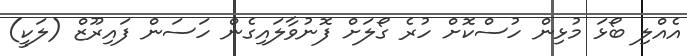
އެއްލި ބޯޅަ މުޅިން ހުސްކޮށް ހުރެ ގޯލަށް ފޮނުވާލައިގެން ހަސަން ފައިރޫޒް (ލަކީ)